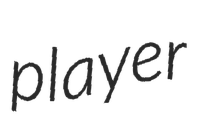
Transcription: player